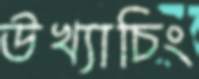
উখ্যাচিং